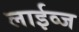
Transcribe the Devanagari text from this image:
लाईव्ज